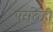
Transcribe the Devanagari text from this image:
पराठेही